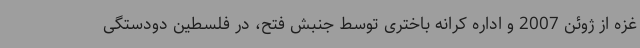
غزه از ژوئن 2007 و اداره کرانه باختری توسط جنبش فتح، در فلسطین دودستگی